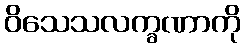
ဝိသေသလက္ခဏာကို